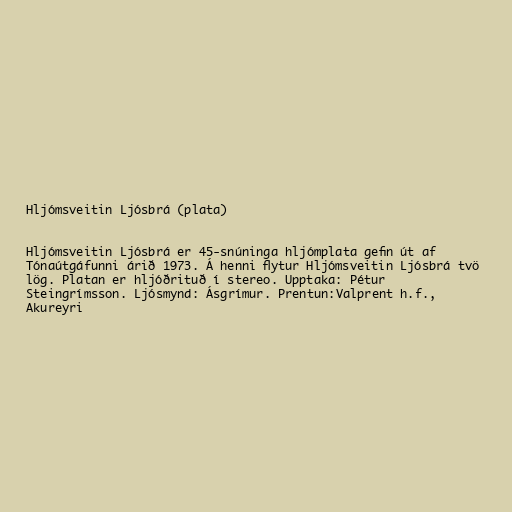
Hljómsveitin Ljósbrá (plata)

Hljómsveitin Ljósbrá er 45-snúninga hljómplata gefin út af
Tónaútgáfunni árið 1973. Á henni flytur Hljómsveitin Ljósbrá tvö
lög. Platan er hljóðrituð í stereo. Upptaka: Pétur
Steingrímsson. Ljósmynd: Ásgrímur. Prentun:Valprent h.f.,
Akureyri